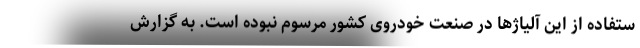
ستفاده از این آلیاژها در صنعت خودروی کشور مرسوم نبوده است. به گزارش